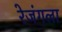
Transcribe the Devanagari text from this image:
रेजंगला